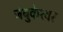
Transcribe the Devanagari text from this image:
जंबुकेश्‍वर